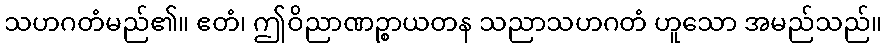
သဟဂတံမည်၏။ ဧတံ၊ ဤဝိညာဏဉ္စာယတန သညာသဟဂတံ ဟူသော အမည်သည်။